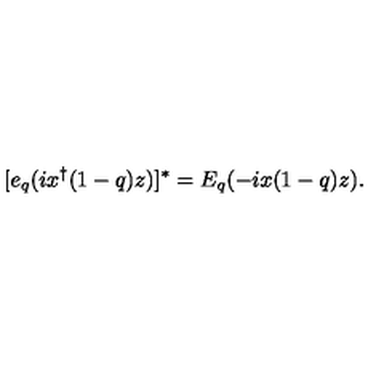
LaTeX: [ e _ { q } ( i x ^ { \dagger } ( 1 - q ) z ) ] ^ { * } = E _ { q } ( - i x ( 1 - q ) z ) .